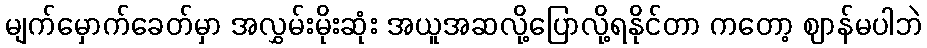
မျက်မှောက်ခေတ်မှာ အလွှမ်းမိုးဆုံး အယူအဆလို့ပြောလို့ရနိုင်တာ ကတော့ ဈာန်မပါဘဲ